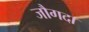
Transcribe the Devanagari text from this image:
जौगदा